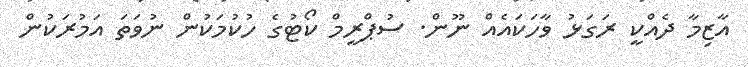
އާޒިމާ ދެއްކީ ރަގަޅު ވާހަކައެއް ނޫން. ސުޕްރީމް ކޯޓުގެ ހުކުމަކުން ނުވަތަަ އަމުރަކުން